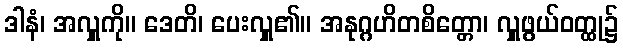
ဒါနံ၊ အလှူကို။ ဒေတိ၊ ပေးလှူ၏။ အနုဂ္ဂဟိတစိတ္တော၊ လှူဖွယ်ဝတ္ထု၌